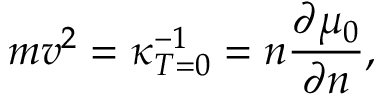
m v ^ { 2 } = \kappa _ { T = 0 } ^ { - 1 } = n \frac { \partial \mu _ { 0 } } { \partial n } ,